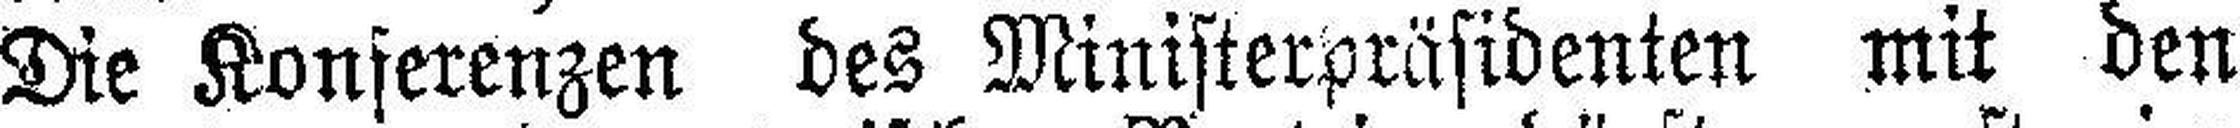
Die Konferenzen des Ministerpräsidenten mit den